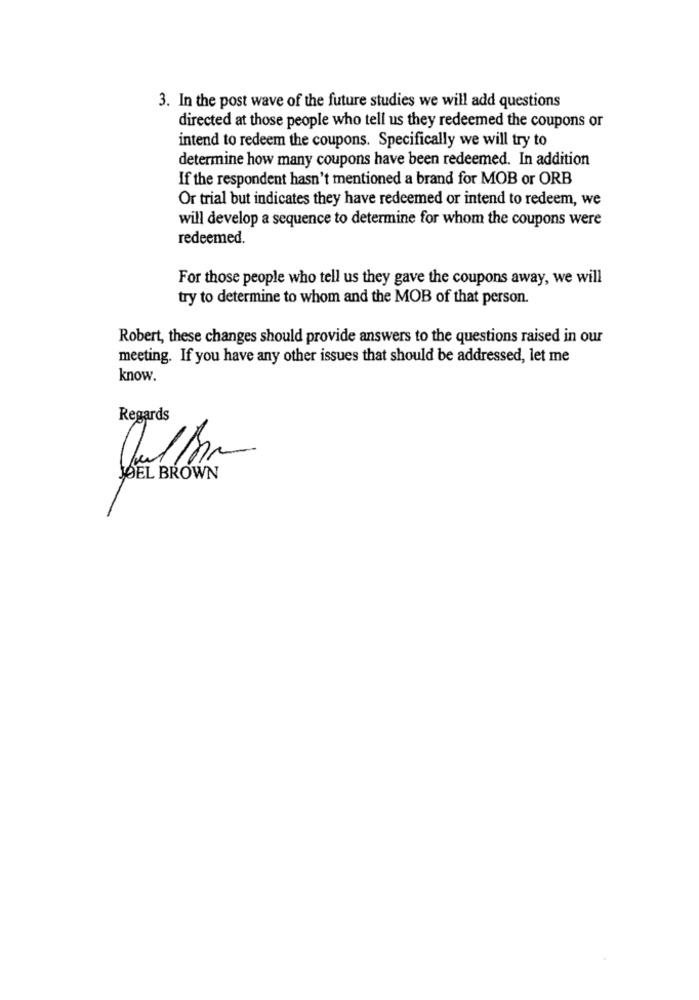
3. In the post wave of the future studies we will add questions
directed at those people who tell us they redeemed the coupons or
intend to redeem the coupons. Specifically we will try to
determine how many coupons have been redeemed. In addition
If the respondent hasn't mentioned a brand for MOB or ORB
Or trial but indicates they have redeemed or intend to redeem, we
will develop a sequence to determine for whom the coupons were
redeemed.
For those people who tell us they gave the coupons away, we will
try to determine to whom and the MOB of that person.
Robert, these changes should provide answers to the questions raised in our
meeting. If you have any other issues that should be addressed, let me
know.
Regards
JOEL BROWN